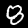
Digit: 8